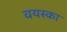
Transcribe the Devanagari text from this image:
वयस्का